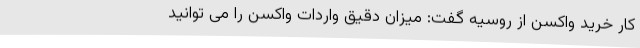
کار خرید واکسن از روسیه گفت: میزان دقیق واردات واکسن را می توانید